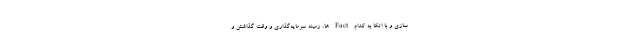
سازی و با اتکا به کدام Fact ها، زمینه سرمایه‌­گذاری و وقت گذاشتن و